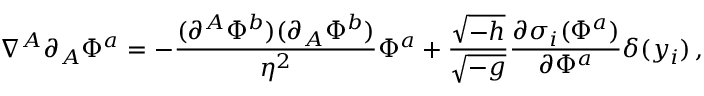
\nabla ^ { A } \partial _ { A } \Phi ^ { a } = - { \frac { ( \partial ^ { A } \Phi ^ { b } ) ( \partial _ { A } \Phi ^ { b } ) } { \eta ^ { 2 } } } \Phi ^ { a } + { \frac { \sqrt { - h } } { \sqrt { - g } } } { \frac { \partial \sigma _ { i } ( \Phi ^ { a } ) } { \partial \Phi ^ { a } } } \delta ( y _ { i } ) \, ,